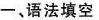
一、语法填空